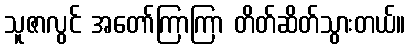
သူဇာလွင် အတော်ကြာကြာ တိတ်ဆိတ်သွားတယ်။